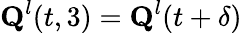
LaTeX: \textbf{Q}^{l}(t,3)=\textbf{Q}^{l}(t+\delta)